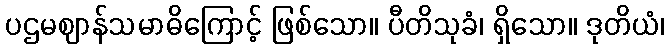
ပဌမဈာန်သမာဓိကြောင့် ဖြစ်သော။ ပီတိသုခံ၊ ရှိသော။ ဒုတိယံ၊